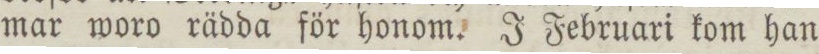
mar woro rädda för honom. J Februari kom han